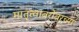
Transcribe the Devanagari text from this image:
मातृत्वाबरोबरच्या